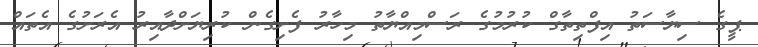
ޕީގެ ސިޔާސަތު އިފްތިތާގް ކުރުމުގެ ރަސްމިއްޔާތު މިހާރު ފެށިގެން ކުރިޔަށްދާއިރު އެރަށުގެ އެތައް